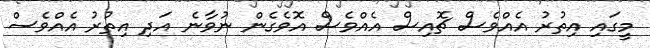
މީގައި އިތުރު އެއްވެސް ޗޮއިސް އެއްވެސް އޮވެގެން ނުވާނެ އަދި އިިތުރު އެއްވެސް